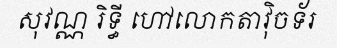
សុវណ្ណ រិទ្ធី ហៅលោកតាវ៉ិចទ័រ